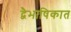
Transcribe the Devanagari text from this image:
द्वैभाषिकात